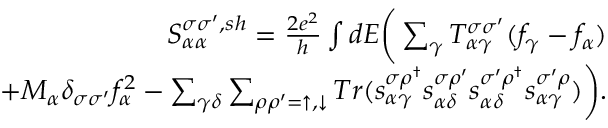
\begin{array} { r } { { S _ { \alpha \alpha } ^ { \sigma \sigma ^ { \prime } , s h } } = \frac { 2 e ^ { 2 } } { h } \int d E \bigg ( \sum _ { \gamma } T _ { \alpha \gamma } ^ { \sigma \sigma ^ { \prime } } ( f _ { \gamma } - f _ { \alpha } ) } \\ { + M _ { \alpha } \delta _ { \sigma \sigma ^ { \prime } } f _ { \alpha } ^ { 2 } - \sum _ { \gamma \delta } \sum _ { \rho \rho ^ { \prime } = \uparrow , \downarrow } T r ( s _ { \alpha \gamma } ^ { \sigma \rho ^ { \dagger } } s _ { \alpha \delta } ^ { \sigma \rho ^ { \prime } } s _ { \alpha \delta } ^ { \sigma ^ { \prime } \rho ^ { \dagger } } s _ { \alpha \gamma } ^ { \sigma ^ { \prime } \rho } ) \bigg ) . } \end{array}